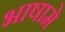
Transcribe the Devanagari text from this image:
भाषामे